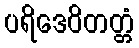
ပရိဒေဝိတတ္တံ